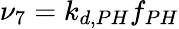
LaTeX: \nu_{7}=k_{d,PH}f_{PH}